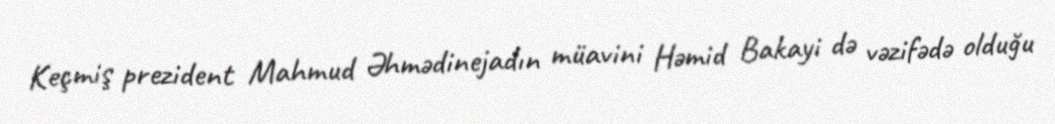
Keçmiş prezident Mahmud Əhmədinejadın müavini Həmid Bakayi də vəzifədə olduğu